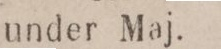
under Maj.